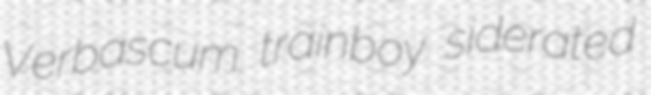
Verbascum trainboy siderated